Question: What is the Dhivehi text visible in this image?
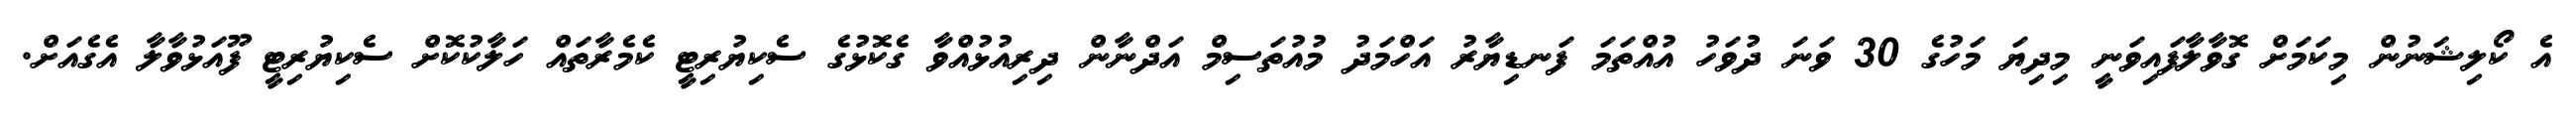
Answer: އެ ކޯލިޝަނުން މިކަމަށް ގޮވާލާފައިވަނީ މިދިޔަ މަހުގެ 30 ވަނަ ދުވަހު އުއްތަމަ ފަނޑިޔާރު އަހްމަދު މުއުތަސިމް އަދްނާން ދިރިއުޅުއްވާ ގެކޮޅުގެ ސެކިޔުރިޓީ ކެމެރާތައް ހަލާކުކޮށް ސެކިޔުރިޓީ ފޫއަޅުވާލާ އެގެއަށް.